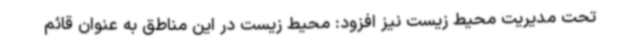
تحت مدیریت محیط زیست نیز افزود: محیط زیست در این مناطق به عنوان قائم